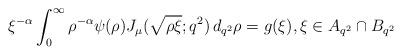
LaTeX: \begin{align*}\xi^{-\alpha} \int_0^\infty \rho^{-\alpha} \psi (\rho) J_\mu (\sqrt{\rho \xi}; q^2) \,d_{q^2}\rho= g (\xi), \xi\in A_{q^2}\cap B_{q^2} \end{align*}